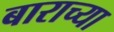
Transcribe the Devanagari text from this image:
बाराच्या